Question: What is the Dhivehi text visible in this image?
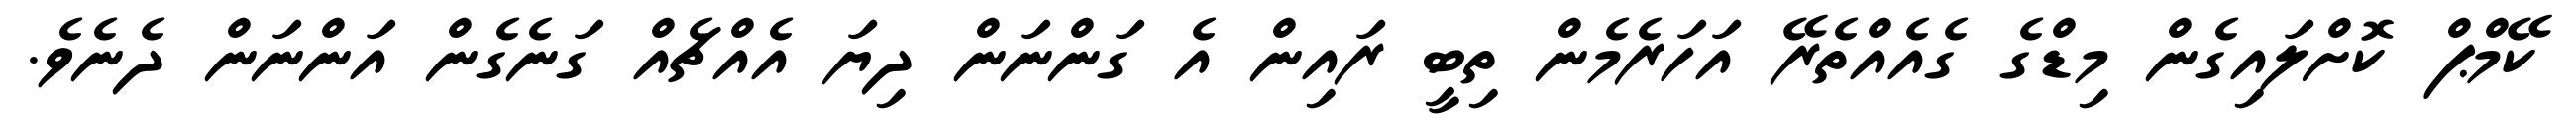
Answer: ކޭމްޕް ކޮށްލައިގެން މިޑްގެ ގެއެއްތެރޭ އަހަރެމެން ތިބީ ރައިން އެ ގަންނަން ދިޔަ އެއްޗެއް ގަނެގެން އަންނަން ދެނެވެ.